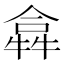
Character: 𤛈